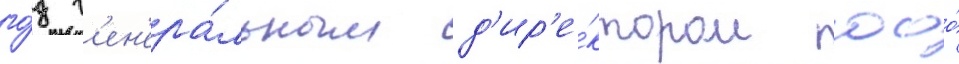
го́д г'ен'ера́льным д'ир'е́ктором ооо́